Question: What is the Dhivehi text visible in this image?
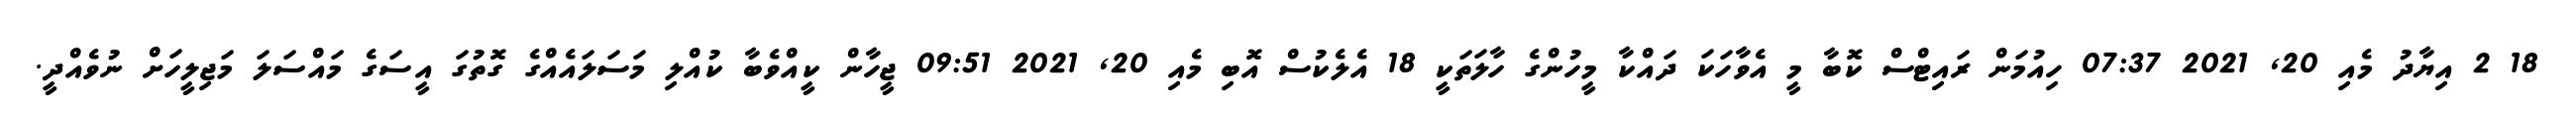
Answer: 18 2 އިޔާދު މެއި 20, 2021 07:37 ހިއުމަން ރައިޓްސް ކޮބާ މީ އެވާހަކަ ދައްކާ މީހުންގެ ހާލަތަކީ 18 އެލެކުސް އޮބި މެއި 20, 2021 09:51 ޖީހާން ކީއްވެބާ ކުއްލި މަސަލައެއްގެ ގޮތުގަ އީސަގެ މައްސަލަ މަޖިލީހަށް ނުވެއްދީ.